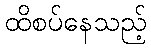
ထိစပ်နေသည့်